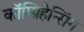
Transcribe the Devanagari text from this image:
कॉम्प्रिहेन्सिंग